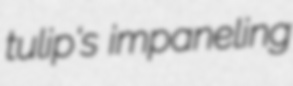
tulip's impaneling